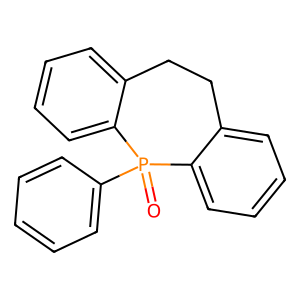
SMILES: O=P1(c2ccccc2)c2ccccc2CCc2ccccc21
Inhibits HIV replication: No